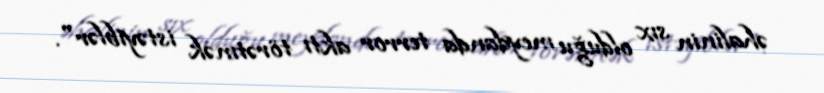
əhalinin sıx olduğu meydanda terror aktı törətmək istəyiblər".